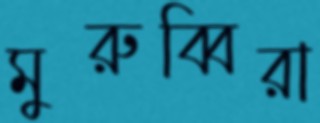
মুরুব্বিরা